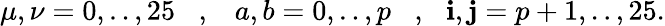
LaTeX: \mu,\nu=0,..,25\, \, \, \, \, ,\, \, \, \, \, a,b=0,..,p\, \, \, \, \, ,\, \, \, \, \mathbf{i},\mathbf{j}=p+1,..,25.